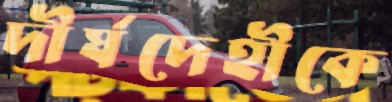
দীর্ঘদেহীকে